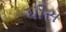
ધીસ